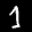
Label: 1